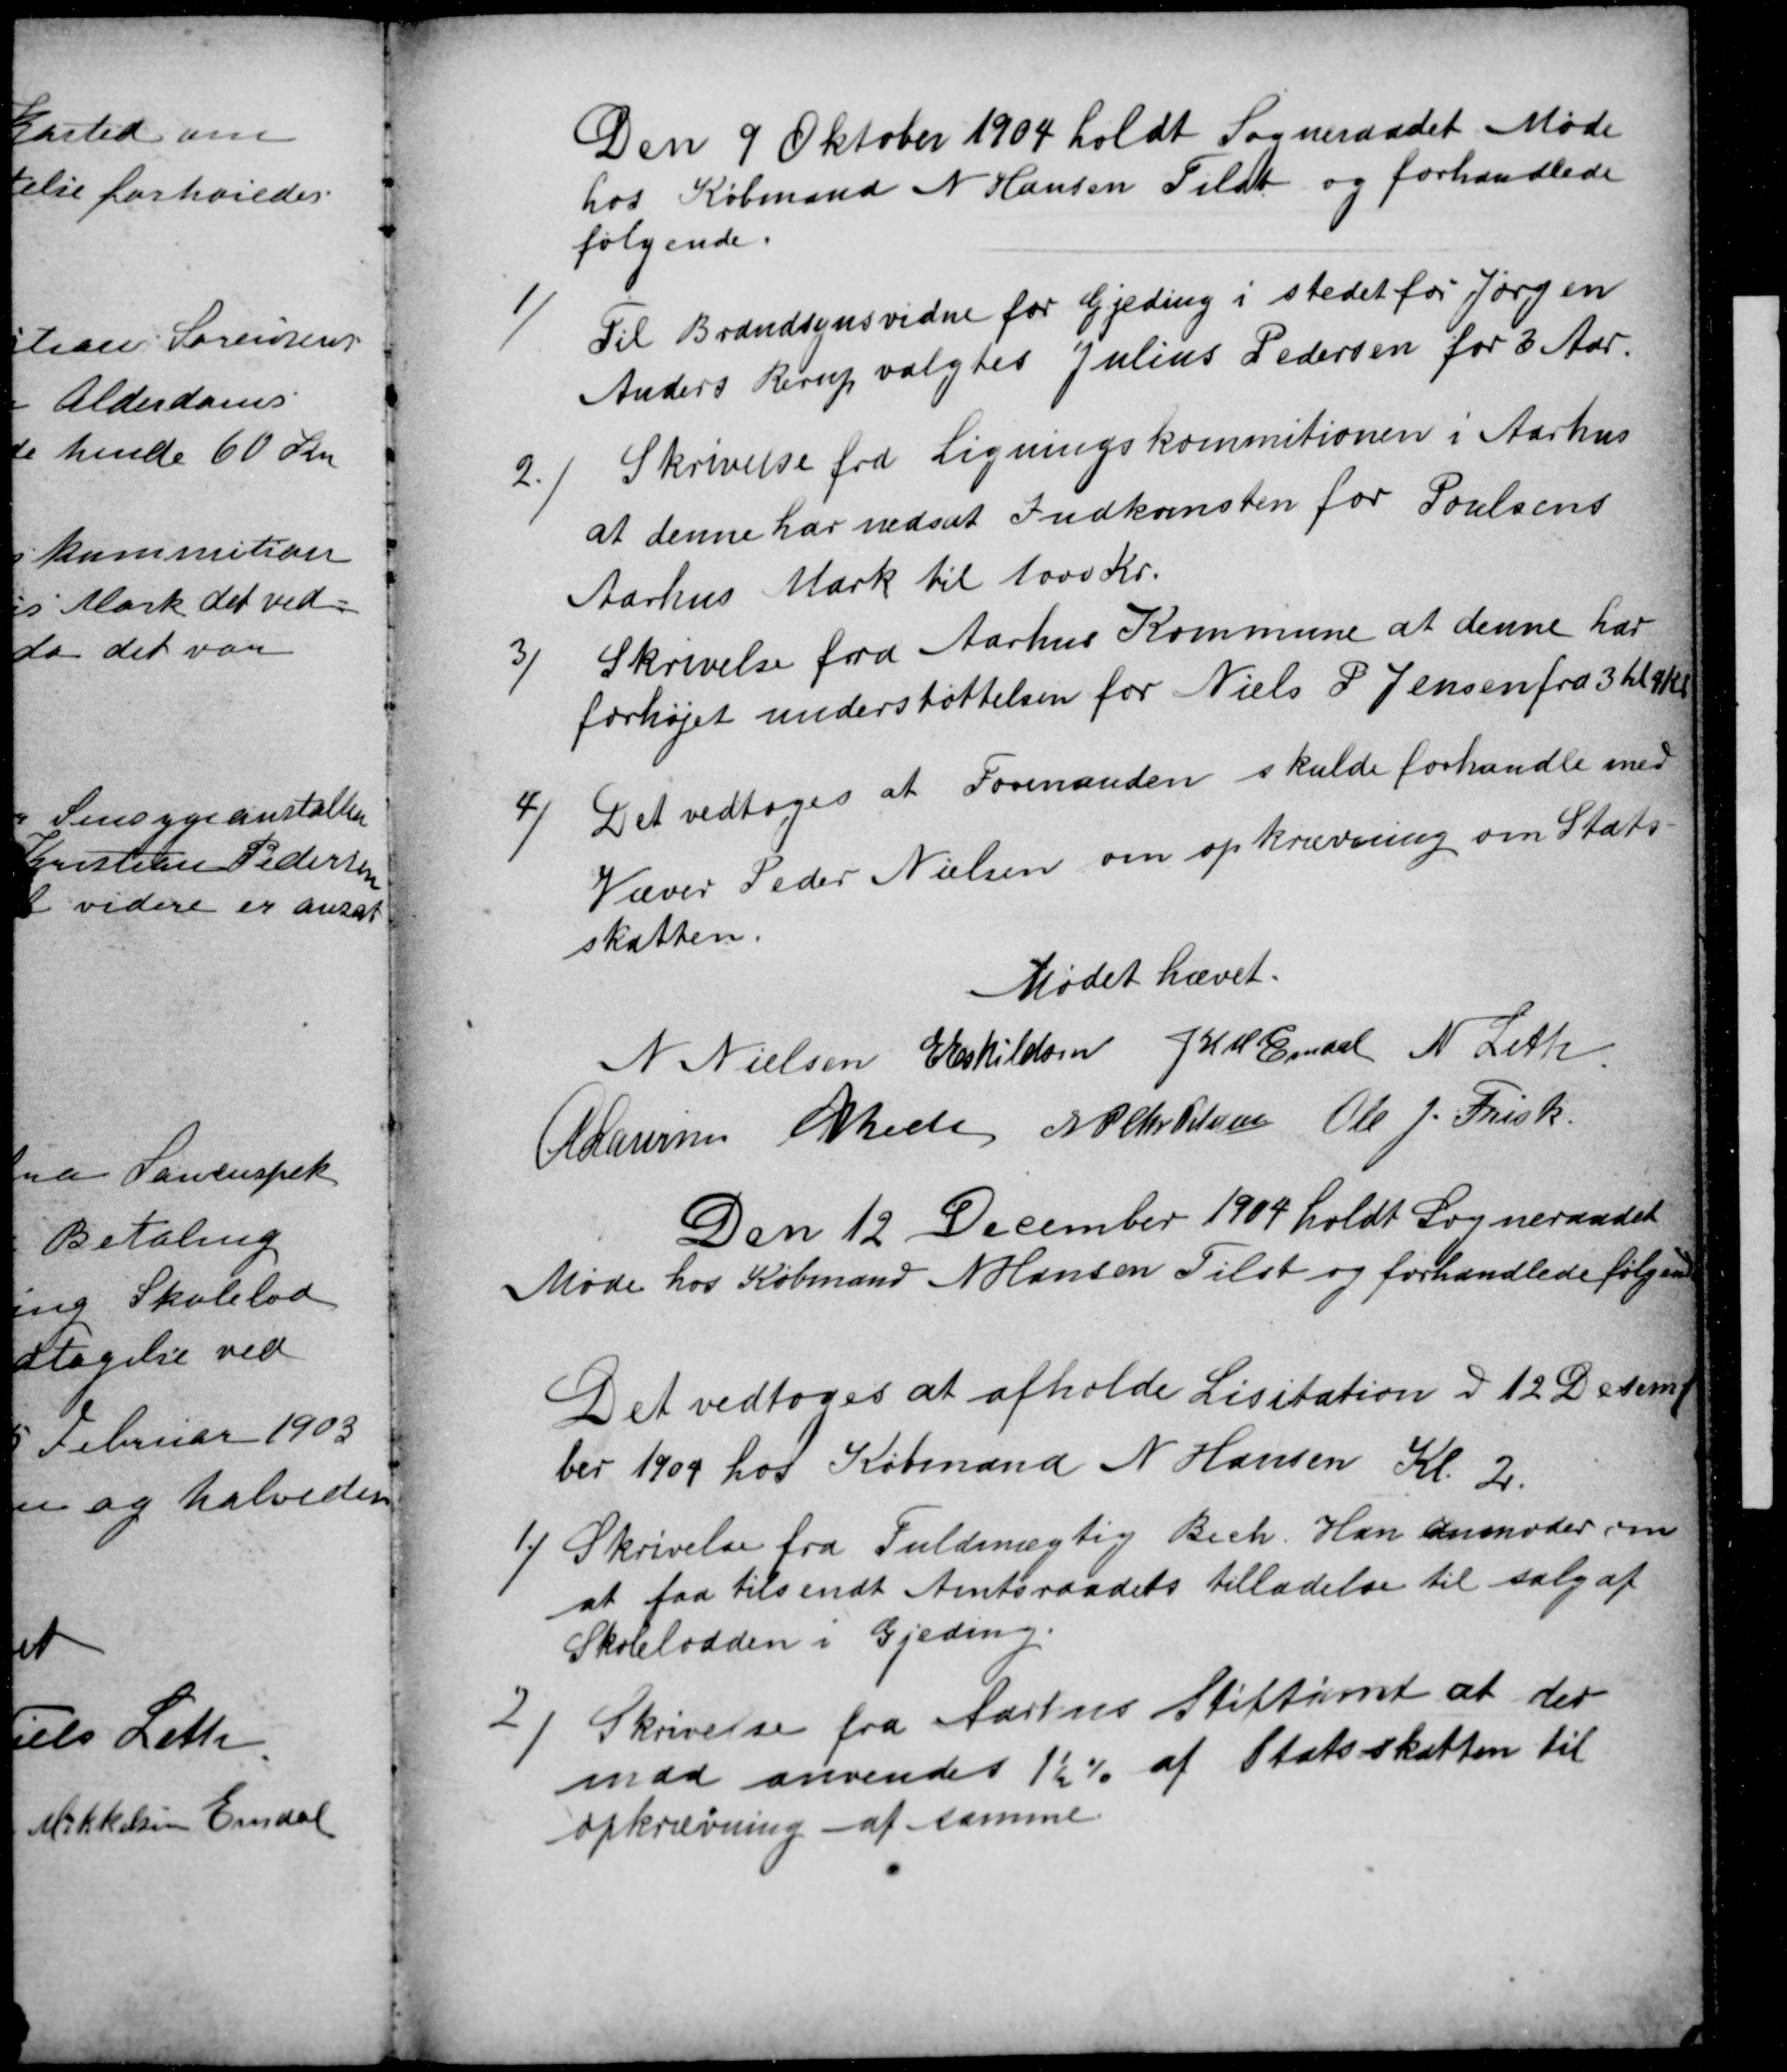
Transskription:
Den 9 Oktober 1904 holdt Sogneraadet Møde
hos Købmand N Hansen Tilst og forhandlede
følgende.
1)
Til Brandsynsvidne for Gjeding i stedet for Jørgen
Anders Rerup valgtes Julius Pedersen for 3 Aar.
2
Skrivelse fra Ligningskommitionen i Aarhus
at denne har nedsat Indkomsten for Poulsens
Aarhus Mark til 1000 Kr.
3)
Skrivelse fra Aarhus Kommune at denne har
forhøjet understøttelsen for Niels P. Jensen fra 3 til 9 Kr
4)
Det vedtoges at Formanden skulde forhandle med
Væver Peder Nielsen om opkrævning om Stats-
skatten.
Mødet hævet.
N Nielsen
E Eskildsen
J. K. M. Emdal
N Leth
A Laursen
A Bech
N P Chr Petersen
Ole J. Frisk
Den 12 December 1904 holdt Sogneraadet
Møde hos Købmand N Hansen Tilst og forhandlede følgende
Det vedtoges at afholde Lisitation d 12 Decem-
ber 1909 hos Købmand N Hansen Kl. 2.
1
Skrivelse fra Fuldmægtig Bech. Han anmoder om
at faa tilsendt Amtsraadets tilladelse til salg af
Skolelodden i Gjeding.
2
Skrivelse fra Aarhus Stiftamt at der
maa anvendes 1½ % af Statsskatten til
opkrævning af samme.